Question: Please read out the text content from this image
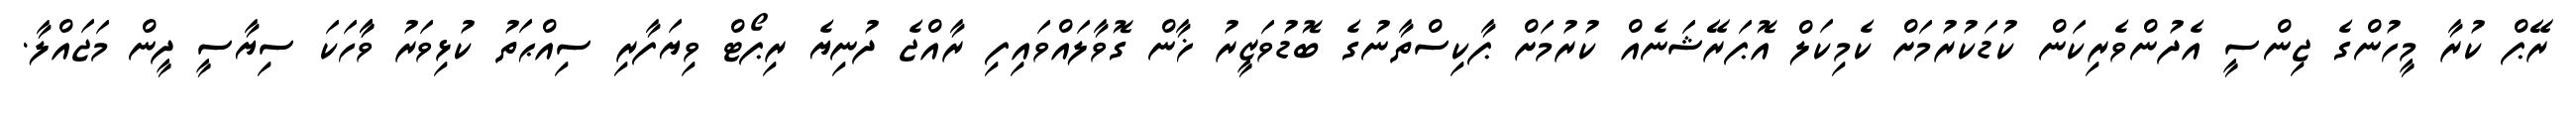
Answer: ރޭޕް ކުރާ މީހުންގެ ޖިންސީ އެދުންވެރިކަން ކުޑަކުރުމަށް ކެމިކަލް އޮޕަރޭޝަނެއް ކުރުމަށް ޕާކިސްތާނުގެ ބޮޑުވަޒީރު ޚާން ގޮވާލައްވައިފި ރާއްޖެ ދުނިޔެ ރިޕޯޓް ވިޔަފާރި ސިއްޙަތު ކުޅިވަރު ވާާހަކަ ސިޔާސީ ދީން މަޖައްލާ.